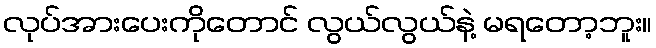
လုပ်အားပေးကိုတောင် လွယ်လွယ်နဲ့ မရတော့ဘူး။